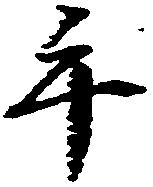
手